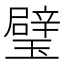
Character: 璧